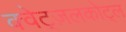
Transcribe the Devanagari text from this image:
क्वेट्ज़लकोट्ल